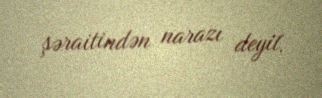
şəraitindən narazı deyil.